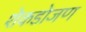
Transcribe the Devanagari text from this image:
शेकडोजण